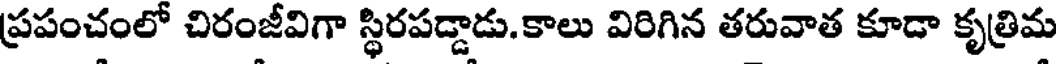
ప్రపంచంలో చిరంజీవిగా స్థిరపడ్డాడు.కాలు విరిగిన తరువాత కూడా కృత్రిమ